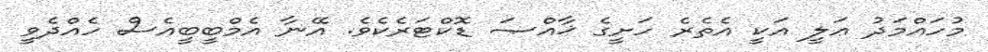
މުހައްމަދު ޢަލީ އަކީ އެތެރެ ހަށީގެ ޚާއްޞަ ޑޮކްޓަރެކެވެ. އޭނާ އެމްބީބީއެސް ހެއްދެވީ